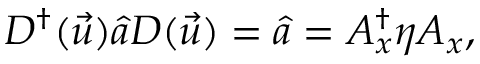
D ^ { \dag } ( \vec { u } ) \hat { a } D ( \vec { u } ) = \hat { a } = A _ { x } ^ { \dag } \eta A _ { x } ,